Civil Veterinary Dept. Assam report 1911-1927 - 1911-1927
Year: 1911
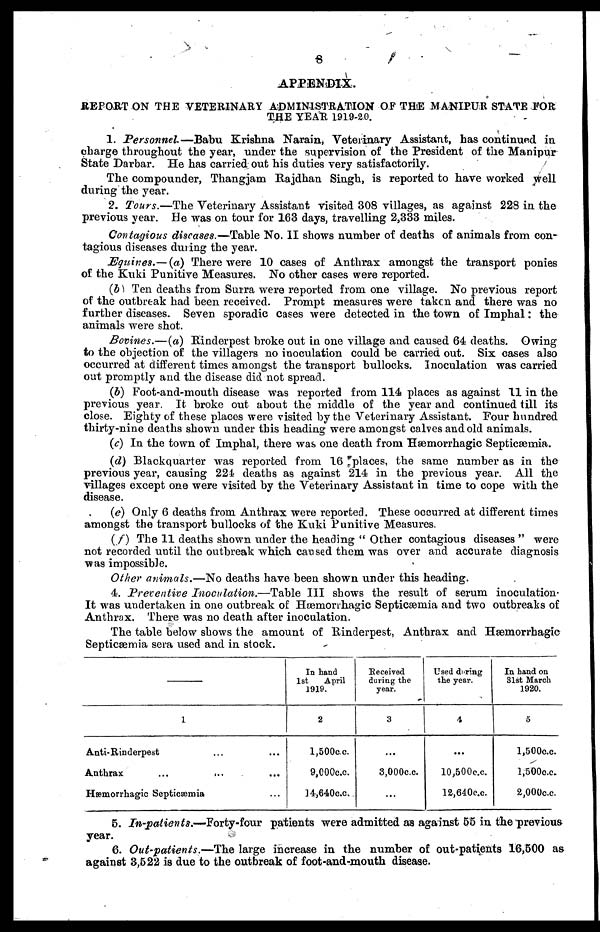
8
APPENDIX.
REPORT ON THE VETERINARY ADMINISTRATION OF THE MANIPUR STATE TOR
THE YEAR 1919-20.
1. Personnel.—Babu Krishna Narain, Veterinary Assistant, has continued in
charge throughout the year, under the supervision of the President of the Manipur
State Darbar. He has carried out his duties very satisfactorily.
The compounder, Thangjam Rajdhan Singh, is reported to have worked well
during the year.
2. Tours.—The Veterinary Assistant visited 308 villages, as against 228 in the
previous year. He was on tour for 163 days, travelling 2,333 miles.
Contagious diseases.—Table No. II shows number of deaths of animals from con-
tagious diseases duing the year.
Equines.—(a) There were 10 cases of Anthrax amongst the transport ponies
of the Kuki Punitive Measures. No other cases were reported.
(b) Ten deaths from Surra were reported from one village. No previous report
of the outbreak had been received. Prompt measures were taken and there was no
further diseases. Seven sporadic cases were detected in the town of Imphal: the
animals were shot.
Bovines.—(a) Rinderpest broke out in one village and caused 64 deaths. Owing
to the objection of the villagers no inoculation could be carried out. Six cases also
occurred at different times amongst the transport bullocks. Inoculation was carried
out promptly and the disease did not spread.
(b) Foot-and-mouth disease was reported from 114 places as against 11 in the
previous year. It broke out about the middle of the year and continued till its
close. Eighty of these places were visited by the Veterinary Assistant. Four hundred
thirty-nine deaths shown under this heading were amongst calves and old animals.
(c) In the town of Imphal, there was one death from Hæmorrhagic Septicæmia.
(d) Blackquarter was reported from 16 places, the same number as in the
previous year, causing 224 deaths as against 214 in the previous year. All the
villages except one were visited by the Veterinary Assistant in time to cope with the
disease.
(e) Only 6 deaths from Anthrax were reported. These occurred at different times
amongst the transport bullocks of the Kuki Punitive Measures.
(f) The 11 deaths shown under the heading " Other contagious diseases " were
not recorded until the outbreak which caused them was over and accurate diagnosis
was impossible.
Other animals.—No deaths have been shown under this heading.
4. Preventive Inoculation.—Table III shows the result of serum inoculation-
It was undertaken in one outbreak of Hæmorrhagic Septicæmia and two outbreaks of
Anthrax. There was no death after inoculation.
The table below shows the amount of Rinderpest, Anthrax and Hæmorrhagic
Septicæmia sera used and in stock.
1
Anti- Rinderpest ... ...
Anthrax ... ... ...
Hæmorrhagic Septicæmia ...
In hand
1st
April
1919.
2
l,500 c.c.
9,000 c.c.
14,640 c.c.
Received
during the
year.
3
...
3,000 c.c.
...
Used during
the year.
4
...
10,500 c.c.
12,640 c.c..
In hand on
31st March
1920.
5
l,500 c.c.
l,500 c.c.
2,000 c.c.
5. In-patients.—Forty-four
patients were admitted as against 55 in the previous
year.
6. Out-patients.—The large increase in the number of out-patients 16,500 as
against 3,522 is due to the outbreak of foot-and-mouth disease.